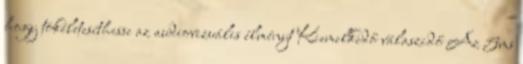
hogy tökéletesíthesse az audiovizuális élményt Kiemelkedő válaszidő Az 5ms